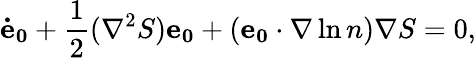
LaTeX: \mathbf{\dot{e}_{0}}+\frac{1}{2}(\nabla^{2}S)\mathbf{e_{0}}+(\mathbf{e_{0}}\cdot\nabla\ln n)\nabla S=0,